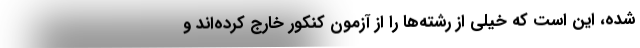
شده، این است که خیلی از رشته‌ها را از آزمون کنکور خارج کرده‌اند و